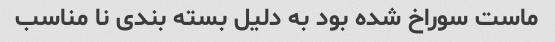
ماست سوراخ شده بود به دلیل بسته بندی نا مناسب